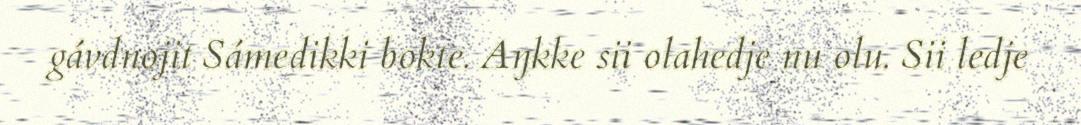
gávdnojit Sámedikki bokte. Aŋkke sii olahedje nu olu. Sii ledje